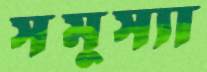
সমুস্যা